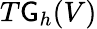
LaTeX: T\mathsf{G}_{h}(V)